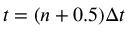
t = ( n + 0 . 5 ) \Delta t